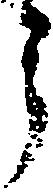
う